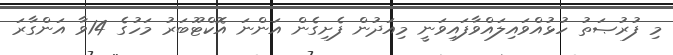
މި ފުރުޞަތު ހުޅުއްވައިލައްވާފައިވަނީ މިއަދުން ފެށިގެން އަންނަ އޮކްޓޫބަރު މަހުގެ 14ވާ އަންގާރަ